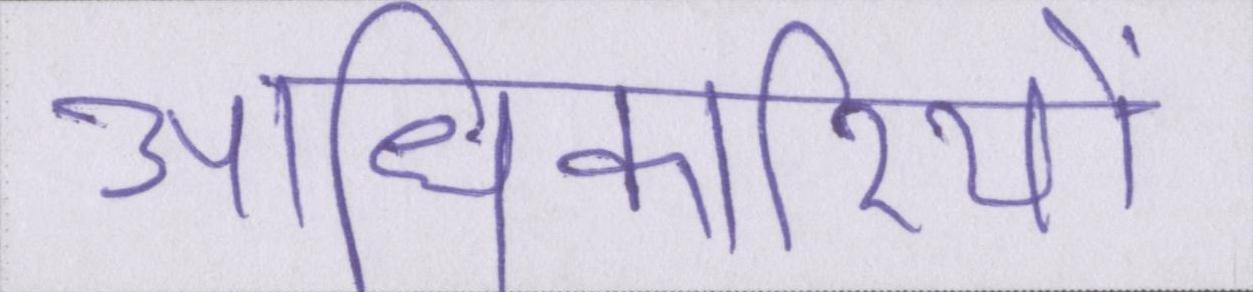
आधिकारियों